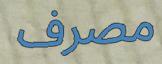
مصرف